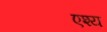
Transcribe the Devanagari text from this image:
एश्य